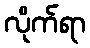
လိုက်ရာ